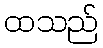
ထသည်